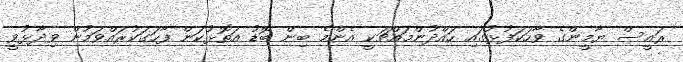
ރައީސް ޔާމީންގެ ވާހަކަފުޅުގައި ހައްދުންމައްޗަކީ އެންމެ ބިން ބޮޑު އަތޮޅުކަން ފާހަގަކުރައްވަމުން ވިދާޅުވީ